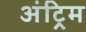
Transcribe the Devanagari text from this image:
अंट्रिम